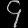
Digit: ၄